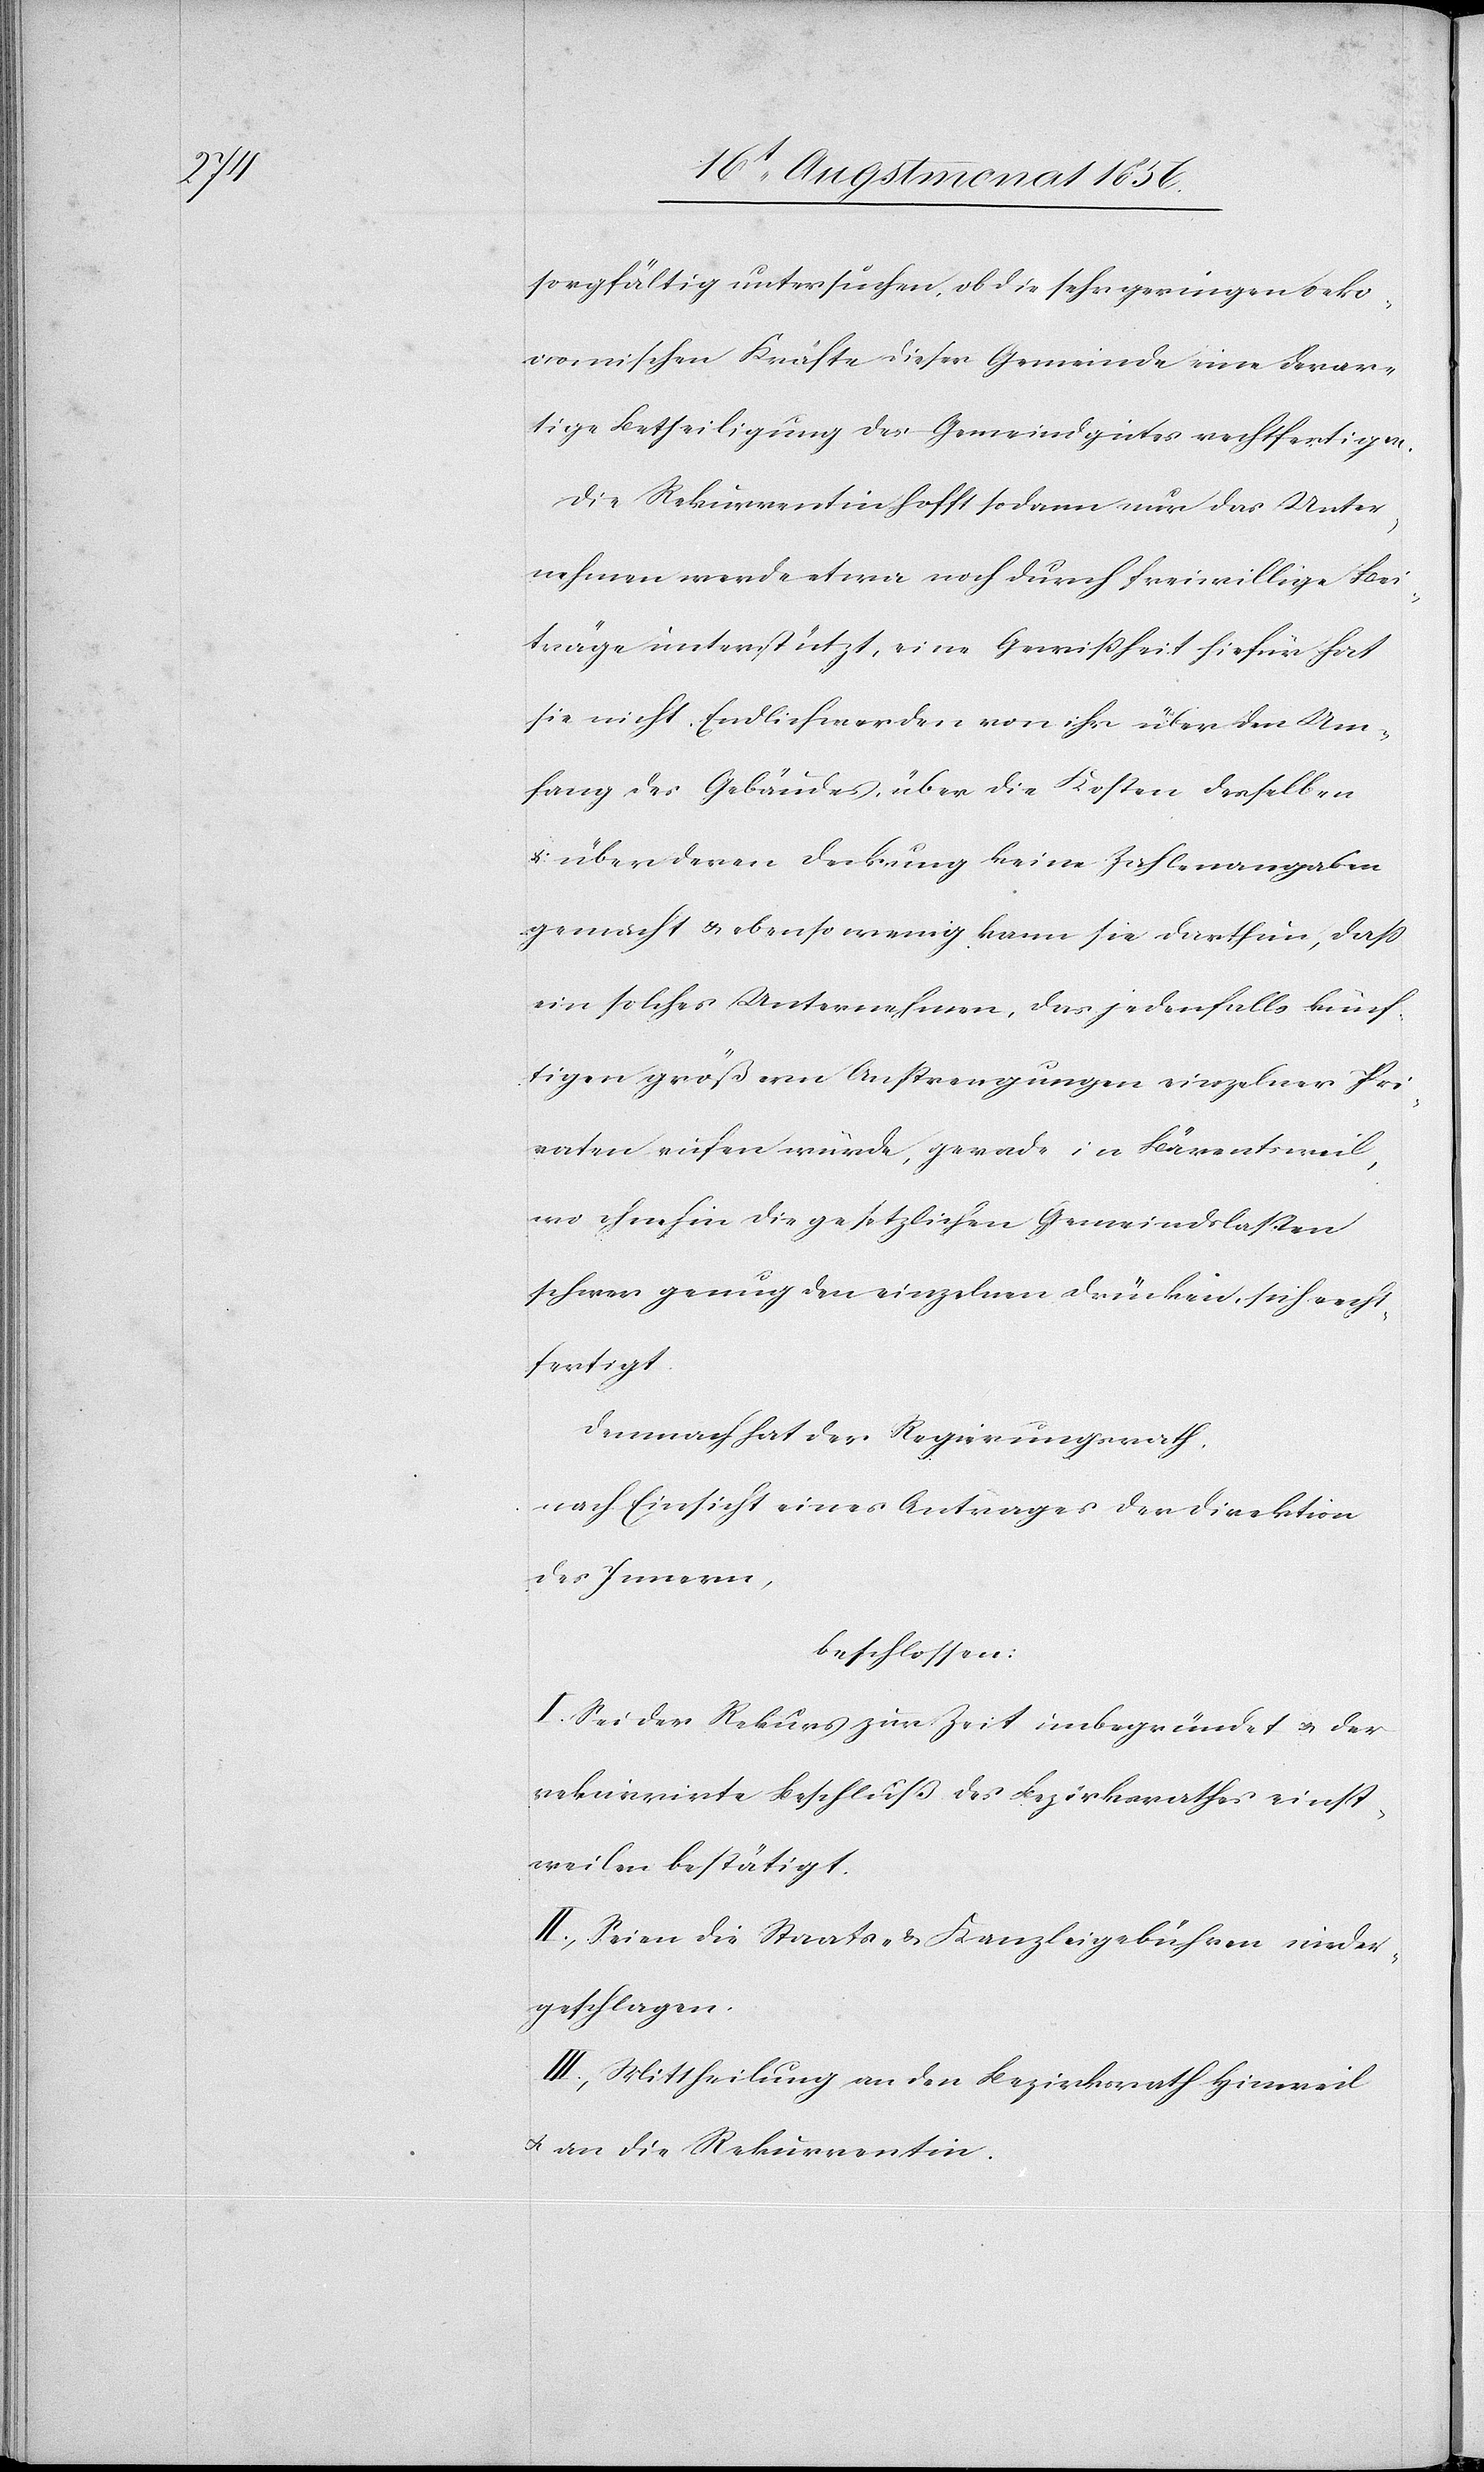
sorgfältig untersuchen, ob die sehr geringen oeko¬
nomischen Kräfte dieser Gemeinde eine derar¬
tige Betheiligung des Gemeindgutes rechtfertigen.
Die Rekurrentin hofft sodann nur das Unter¬
nehmen werde etwa noch durch freiwillige Bei¬
träge unterstützt, eine Gewissheit hiefür hat
sie nicht. Endlich werden von ihr über den Um¬
fang des Gebäudes, über die Kosten desselben
& über deren Deckung keine Zahlenangaben
gemacht & ebenso wenig kann sei darthun, dass
ein solches Unternehmen, das jedenfalls künf¬
tigen größern Anstrengungen einzelner Pri¬
vaten rufen würde, gerade in Bärentsweil,
wo ohnehin die gesetzlichen Gemeindslasten
schwer genug den einzelnen drücken, sich recht¬
fertigt.
Demnach hat der Regierungsrath,
nach Einsicht eines Antrages der Direktion
des Innern,
beschlossen:
I.) Sei der Rekurs zur Zeit unbegründet u. der
rekurrirte Beschluß des Bezirksrathes einst¬
weilen bestätigt.
II.) Seien die Staats- & Kanzleigebühren nieder¬
geschlagen.
III.) Mittheilung an den Bezirksrath Hinweil
u. an die Rekurrentin.